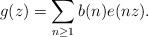
LaTeX: \begin{align*} g(z) = \sum_{n \geq 1} b(n) e(nz).\end{align*}